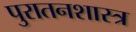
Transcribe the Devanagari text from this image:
पुरातनशास्त्र